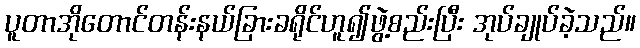
ပူတာအိုတောင်တန်းနယ်ခြားခရိုင်ဟူ၍ဖွဲ့စည်းပြီး အုပ်ချုပ်ခဲ့သည်။